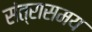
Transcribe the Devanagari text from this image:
संत्रासमय